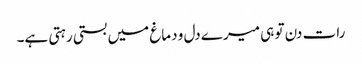
رات دن تو ہی میرے دل و دماغ میں بستی رہتی ہے۔